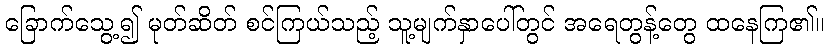
ခြောက်သွေ့၍ မုတ်ဆိတ် စင်ကြယ်သည့် သူ့မျက်နှာပေါ်တွင် အရေတွန့်တွေ ထနေကြ၏။